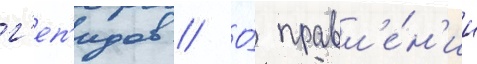
г'еп'идов // О́ правл'е́н'ии